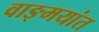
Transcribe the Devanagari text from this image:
वाङ्मयांत